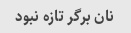
نان برگر تازه نبود